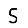
Digit: 5